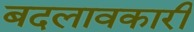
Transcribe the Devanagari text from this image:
बदलावकारी